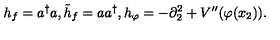
h _ { f } = a ^ { \dagger } a , { \tilde { h } } _ { f } = a a ^ { \dagger } , h _ { \varphi } = - \partial _ { 2 } ^ { 2 } + V ^ { \prime \prime } ( \varphi ( x _ { 2 } ) ) .